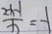
\frac { 2 x - 1 } { x } = - 1